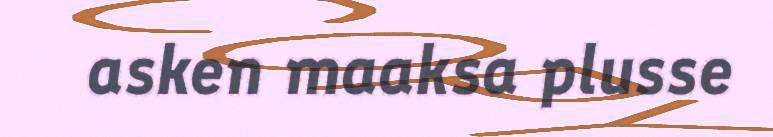
asken maaksa plusse